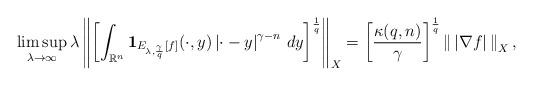
LaTeX: \begin{align*}\limsup_{\lambda\to\infty}\lambda\left\|\left[\int_{\mathbb{R}^n}\mathbf{1}_{E_{\lambda,\frac{\gamma}{q}}[f]}(\cdot,y)\left|\cdot-y\right|^{\gamma-n}\,dy\right]^\frac{1}{q}\right\|_X=\left[\frac{\kappa(q,n)}{\gamma}\right]^\frac{1}{q}\left\|\,\left|\nabla f\right|\,\right\|_{X},\end{align*}